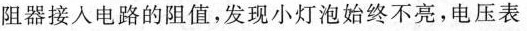
阻器接人电路的阻值，发现小灯泡始终不亮，电压表